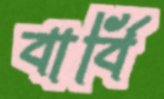
বার্বি